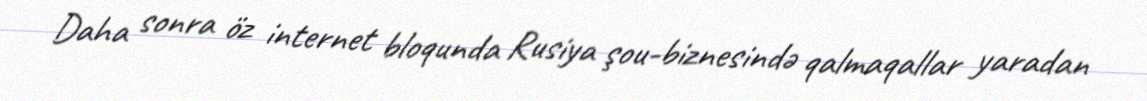
Daha sonra öz internet bloqunda Rusiya şou-biznesində qalmaqallar yaradan